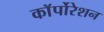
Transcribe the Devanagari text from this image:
काॅर्पोरेशन